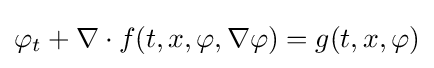
\displaystyle \varphi _{t}+\nabla \cdot f(t,x,\varphi ,\nabla \varphi )=g(t,x,\varphi )